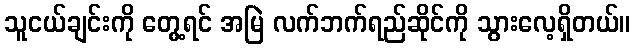
သူငယ်ချင်းကို တွေ့ရင် အမြဲ လက်ဘက်ရည်ဆိုင်ကို သွားလေ့ရှိတယ်။